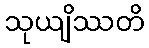
သုယျိဿတိ